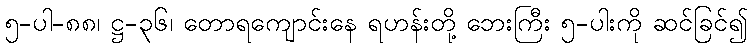
၅-ပါ-၈၈၊ ဋ္ဌ-၃၆၊ တောရကျောင်းနေ ရဟန်းတို့ ဘေးကြီး ၅-ပါးကို ဆင်ခြင်၍